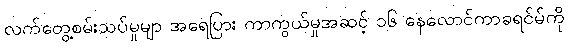
လက်တွေ့စမ်းသပ်မှုမျာ အရေပြား ကာကွယ်မှုအဆင့် ၁၆ နေလောင်ကာခရင်မ်ကို